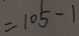
= 1 0 5 - 1